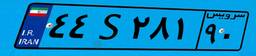
۰۴S۲۶۸۸۲